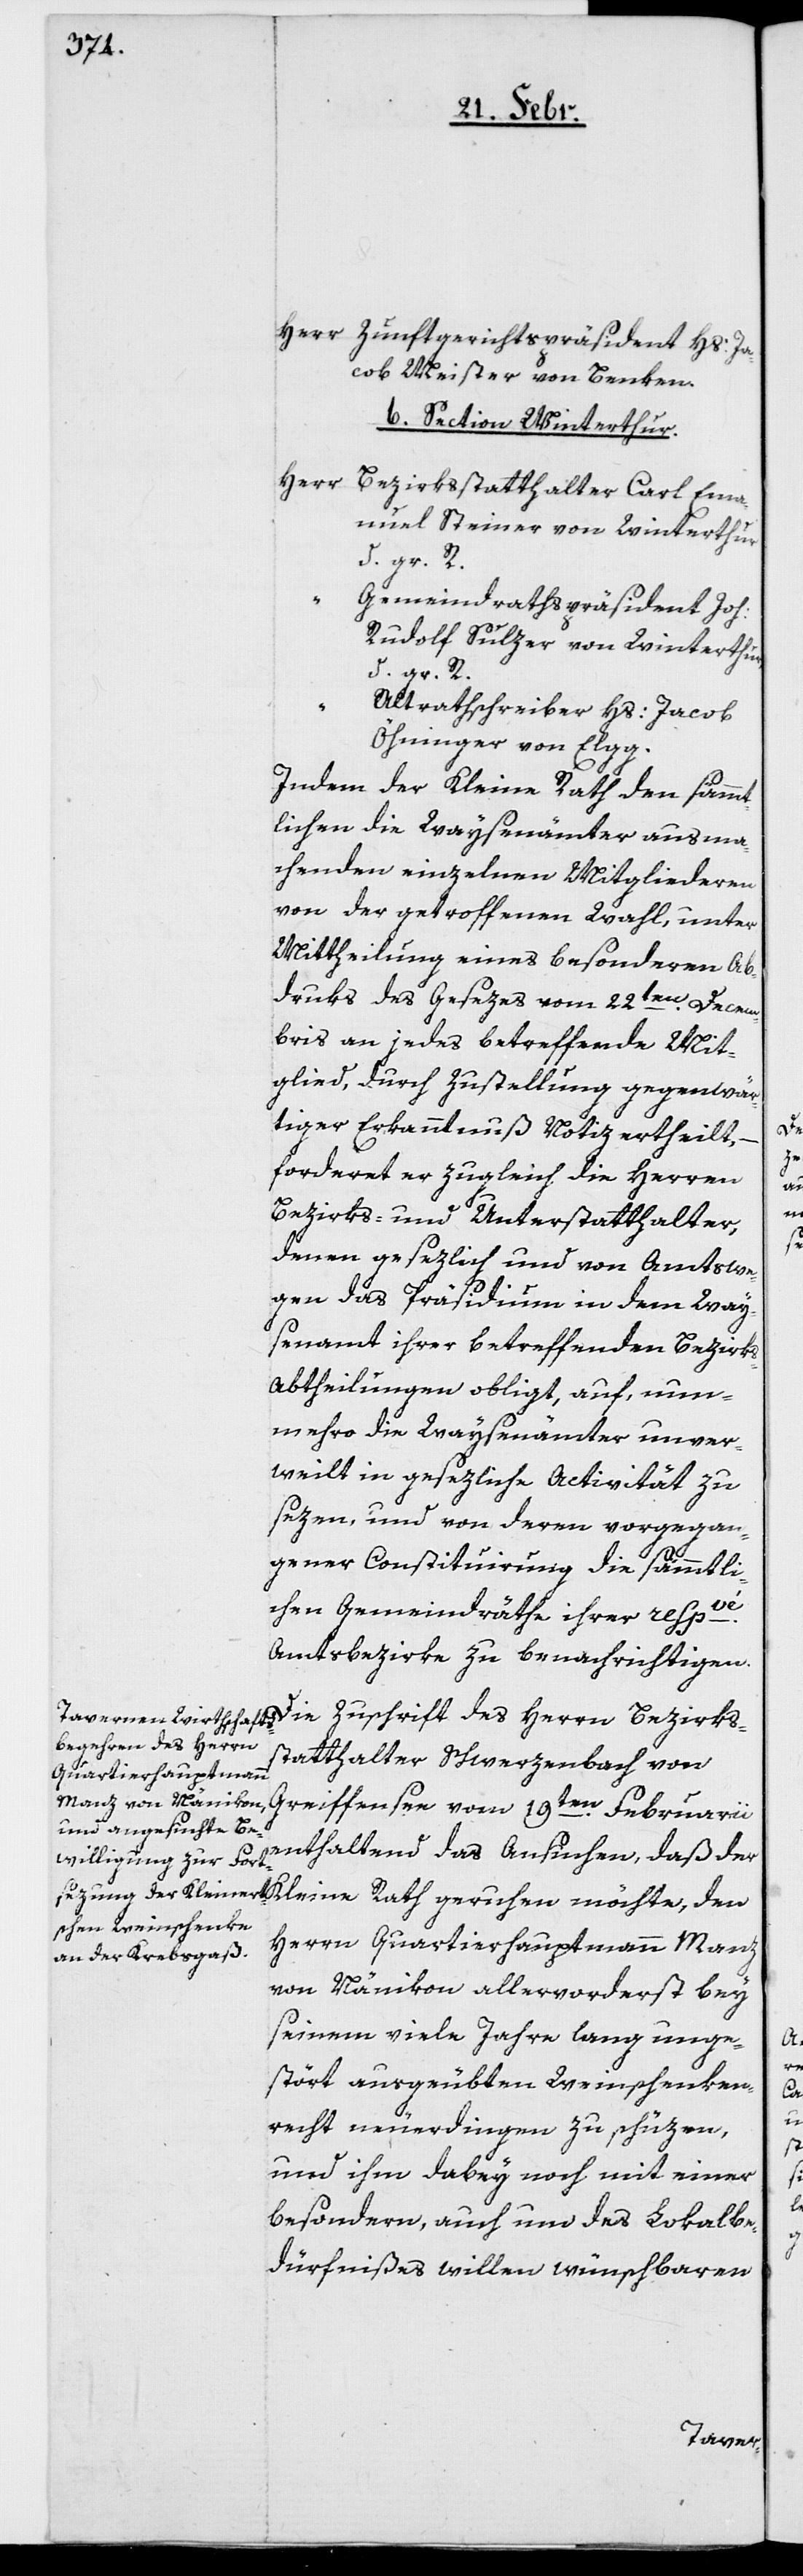
Herr Zunftgerichtspräsident Hs. Ja¬
cob Meister von Benken.
b) Section Winterthur.
Herrn
Bezirksstatthalter Carl Ema¬
nuel Steiner von Winterthur,
d. gr. R.
Gemeindrathspräsident Joh.
Rudolf Sulzer von Winterthur,
d. gr. R.
Altrathschreiber Hs. Jacob
Öhninger von Elgg.
Indem der Kleine Rath den sämmt¬
lichen die Waysenämter ausma¬
chenden einzelnen Mitgliederen
von der getroffenen Wahl, unter
Mittheilung eines besonderen Ab¬
druks des Gesezes vom 22ten. Decem¬
bris an jedes betreffende Mit¬
glied, durch Zustellung gegenwär¬
tiger Erkanntnuß Notiz ertheilt,
forderet er zugleich die Herren
Bezirks- und Unterstatthalter,
denen gesezlich und von Amtswe¬
gen das Präsidium in dem Way¬
senamt ihrer betreffenden Bezirks-A¬
btheilungen obligt, auf, nun¬
mehro die Waysenämter unver¬
weilt in gesezliche Activität zu
sezen, und von deren vorgegan¬
gener Constituierung die sämmtli¬
chen Gemeindräthe ihrer respvé.
Amtsbezirke zu benachrichtigen.
statthalter Schwerzenbach von
Greiffensee vom 19ten. Februarii
enthaltend das Ansuchen, daß der
Herrn Quartierhauptmann Manz
von Nänikon allervorderst bey
seinem viele Jahre lang unge¬
stört ausgeübten Weinschenken¬
recht neuerdingen zu schüzen,
und ihm dabey noch mit einer
besondern, auch um des Lokalbe¬
dürfnißes willen wünschbaren
Bezirks¬